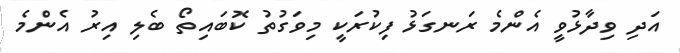
އަދި ވިދާޅުވީ އެންމެ ރަނގަޅު ފިކުރަކީ މިވަގުތު ކޮބައިތޯ ބެލި އިރު އެންމެ